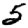
Digit: 5